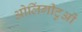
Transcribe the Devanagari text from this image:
ओलिंगीटुओं